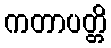
ကတာပတ္တိ